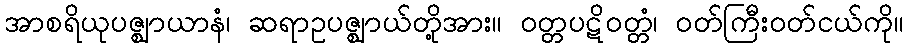
အာစရိယုပဇ္ဈာယာနံ၊ ဆရာဥပဇ္ဈာယ်တို့အား။ ဝတ္တပဋိဝတ္တံ၊ ဝတ်ကြီးဝတ်ငယ်ကို။